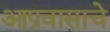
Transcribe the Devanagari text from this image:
आप्रवासाचे